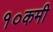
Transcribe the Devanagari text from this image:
१०कमी